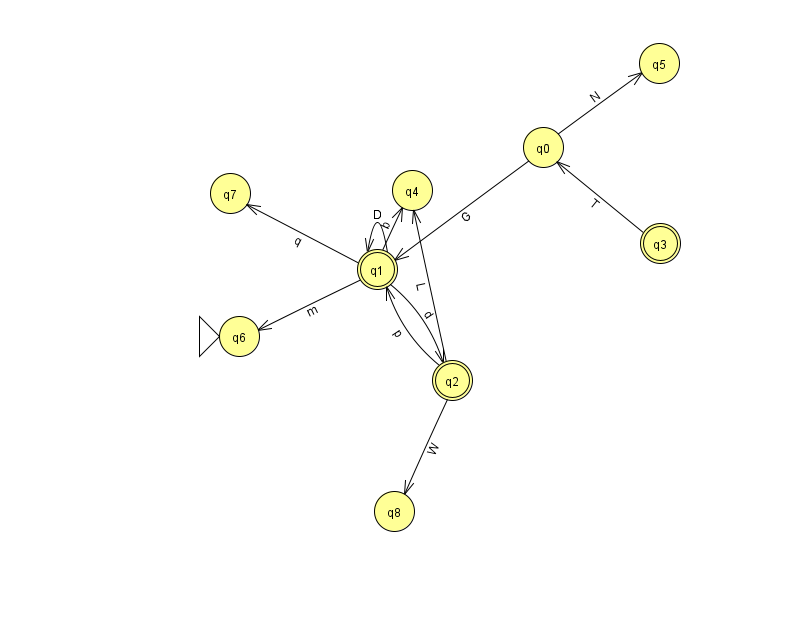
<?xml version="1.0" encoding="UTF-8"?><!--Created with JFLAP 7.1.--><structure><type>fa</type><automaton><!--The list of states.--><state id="0" name="q0"><x>543.0</x><y>134.0</y></state><state id="1" name="q1"><x>377.0</x><y>256.0</y><final/></state><state id="2" name="q2"><x>452.0</x><y>367.0</y><final/></state><state id="3" name="q3"><x>660.0</x><y>230.0</y><final/></state><state id="4" name="q4"><x>412.0</x><y>177.0</y></state><state id="5" name="q5"><x>659.0</x><y>50.0</y></state><state id="6" name="q6"><x>239.0</x><y>323.0</y><initial/></state><state id="7" name="q7"><x>230.0</x><y>180.0</y></state><state id="8" name="q8"><x>394.0</x><y>498.0</y></state><!--The list of transitions.--><transition><from>0</from><to>1</to><read>G</read></transition><transition><from>1</from><to>7</to><read>q</read></transition><transition><from>1</from><to>1</to><read>D</read></transition><transition><from>1</from><to>6</to><read>m</read></transition><transition><from>3</from><to>0</to><read>T</read></transition><transition><from>1</from><to>2</to><read>d</read></transition><transition><from>2</from><to>4</to><read>L</read></transition><transition><from>0</from><to>5</to><read>N</read></transition><transition><from>2</from><to>1</to><read>p</read></transition><transition><from>2</from><to>8</to><read>W</read></transition><transition><from>1</from><to>4</to><read>b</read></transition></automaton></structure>